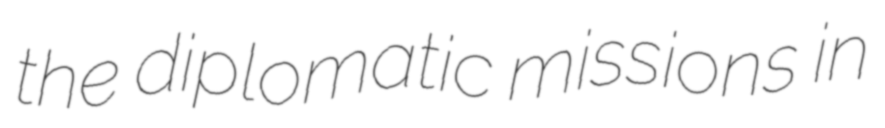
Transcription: the diplomatic missions in